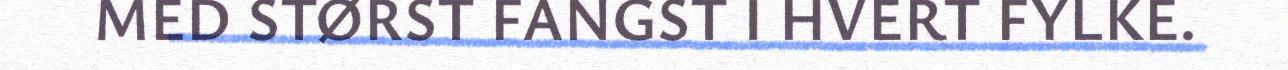
MED STØRST FANGST I HVERT FYLKE.